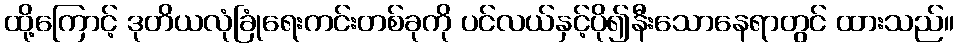
ထို့ကြောင့် ဒုတိယလုံခြုံရေးကင်းတစ်ခုကို ပင်လယ်နှင့်ပို၍နီးသောနေရာတွင် ထားသည်။